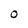
Character: O